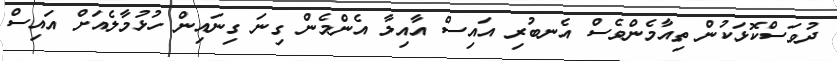
ދުވަސްކޮޅަކުން ތިއާމެންވެސް އެނބުރި އައިސް އާއިލާ އެންމެން ގިނަ ގިނައިން ހުޅުމާލެއަށް އައިސް